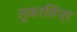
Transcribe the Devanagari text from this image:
तुकाविप्र